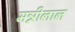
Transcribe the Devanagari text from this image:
मन्नीलाल